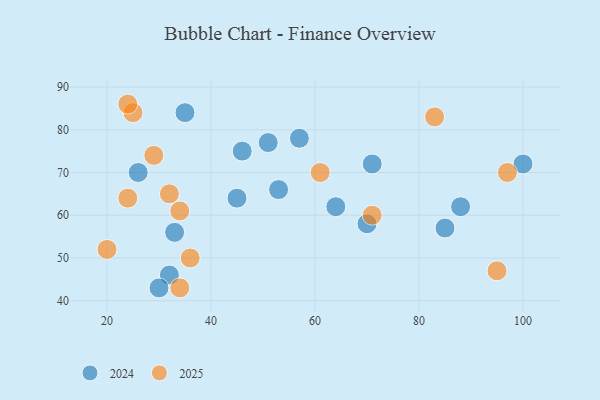
{"axis": {"x": "GDP", "y": "Life Expectancy"}, "legend": ["2024", "2025"], "data": [{"x": "95", "y": 47, "type": "2025"}, {"x": "36", "y": 50, "type": "2025"}, {"x": "61", "y": 70, "type": "2025"}, {"x": "32", "y": 65, "type": "2025"}, {"x": "83", "y": 83, "type": "2025"}, {"x": "25", "y": 84, "type": "2025"}, {"x": "29", "y": 74, "type": "2025"}, {"x": "97", "y": 70, "type": "2025"}, {"x": "20", "y": 52, "type": "2025"}, {"x": "34", "y": 43, "type": "2025"}, {"x": "24", "y": 64, "type": "2025"}, {"x": "34", "y": 61, "type": "2025"}, {"x": "71", "y": 60, "type": "2025"}, {"x": "24", "y": 86, "type": "2025"}, {"x": "32", "y": 46, "type": "2024"}, {"x": "26", "y": 70, "type": "2024"}, {"x": "35", "y": 84, "type": "2024"}, {"x": "45", "y": 64, "type": "2024"}, {"x": "100", "y": 72, "type": "2024"}, {"x": "33", "y": 56, "type": "2024"}, {"x": "53", "y": 66, "type": "2024"}, {"x": "88", "y": 62, "type": "2024"}, {"x": "57", "y": 78, "type": "2024"}, {"x": "46", "y": 75, "type": "2024"}, {"x": "71", "y": 72, "type": "2024"}, {"x": "51", "y": 77, "type": "2024"}, {"x": "64", "y": 62, "type": "2024"}, {"x": "30", "y": 43, "type": "2024"}, {"x": "70", "y": 58, "type": "2024"}, {"x": "85", "y": 57, "type": "2024"}]}